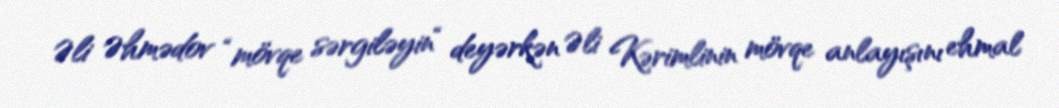
Əli Əhmədov “mövqe sərgiləyin“ deyərkən Əli Kərimlinin mövqe anlayışını ehmal